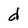
Character: d